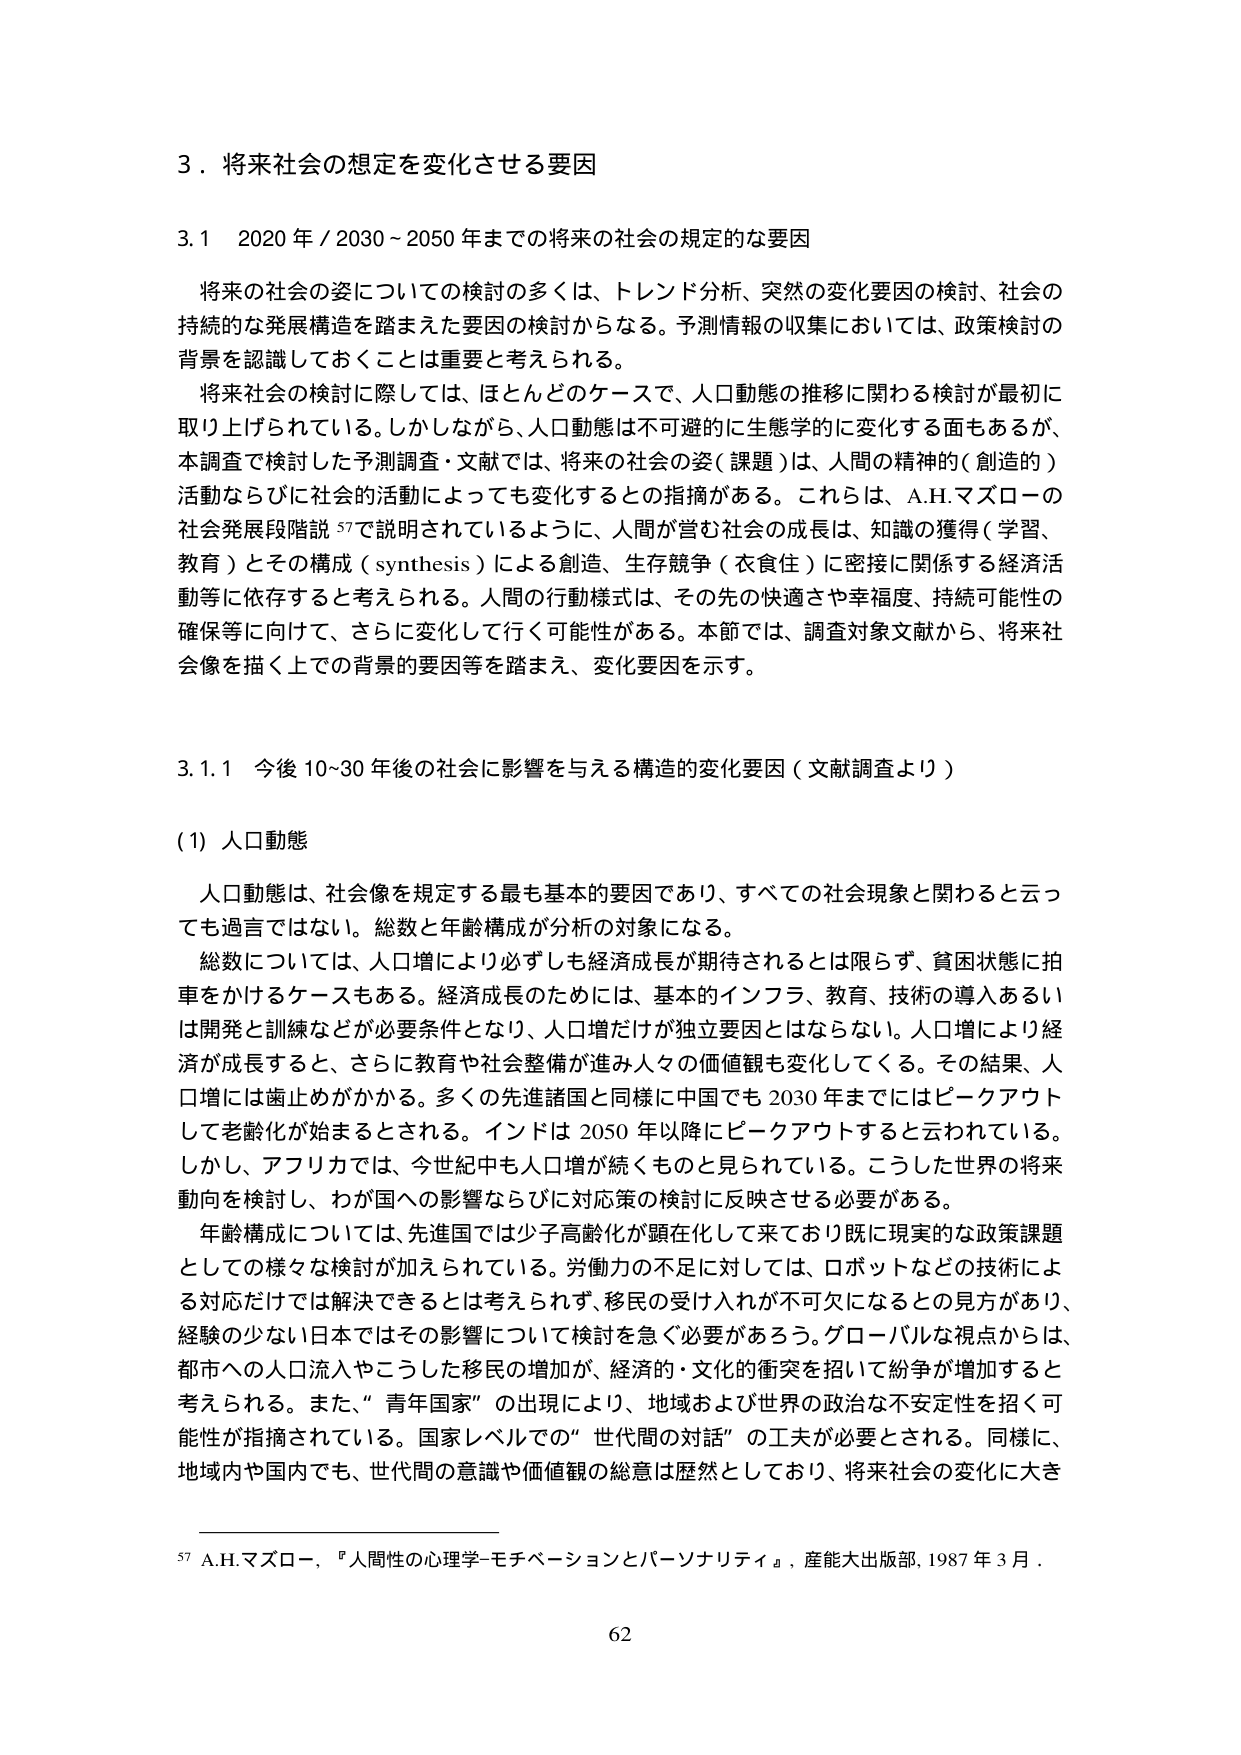
3．将来社会の想定を変化させる要因

3.1 2020年／2030～2050年までの将来の社会の規定的な要因

将来の社会の姿についての検討の多くは、トレンド分析、突然の変化要因の検討、社会の持続的な発展構造を踏まえた要因の検討からなる。予測情報の収集においては、政策検討の背景を認識しておくことは重要と考えられる。

将来社会の検討に際しては、ほとんどのケースで、人口動態の推移に関わる検討が最初に取り上げられている。しかしながら、人口動態は不可避的に生態学的に変化する面もあるが、本調査で検討した予測調査・文献では、将来の社会の姿（課題）は、人間の精神的（創造的）活動ならびに社会的活動によっても変化するととの指摘がある。これらは、A.H.マズローの社会発展段階説57で説明されているように、人間が営む社会の成長は、知識の獲得（学習、教育）とその構成（synthesis）による創造、生存競争（衣食住）に密接に関係する経済活動等に依存すると考えられる。人間の行動様式は、その先の快適さや幸福度、持続可能性の確保等に向けて、さらに変化して行く可能性がある。本節では、調査対象文献から、将来社会像を描く上での背景の要因等を踏まえ、変化要因を示す。

3.1.1 今後10～30年後の社会に影響を与える構造的変化要因（文献調査より）

(1) 人口動態

人口動態は、社会像を規定する最も基本的要因であり、すべての社会現象と関わると云っても過言ではない。総数と年齢構成が分析の対象になる。

総数については、人口増により必ずしも経済成長が期待されるとは限らず、貧困状態に拍車をかけるケースもある。経済成長のためには、基本的インフラ、教育、技術の導入あるいは開発と訓練などが必要条件となり、人口増だけが独立要因とはならない。人口増により経済が成長すると、さらに教育や社会整備が進み人々の価値観も変化してくる。その結果、人口増には歯止めがかかる。多くの先進諸国と同様に中国でも2030年までにはピークアウトして老齢化が始まるとされる。インドは2050年以降にピークアウトすると云われている。しかし、アフリカでは、今世紀中も人口増が続くものと見られている。こうした世界の将来動向を検討し、わが国への影響ならびに対応策の検討に反映させる必要がある。

年齢構成については、先進国では少子高齢化が顕在化して来ており既に現実的な政策課題としての様々な検討が加えられている。労働力の不足に対しては、ロボットなどの技術による対応だけでは解決できるとは考えられず、移民の受け入れが不可欠になるとの見方があり、経験の少ない日本ではその影響について検討を急ぐ必要があろう。グローバルな視点からは、都市への人口流入やこうした移民の増加が、経済的・文化的衝突を招いて紛争が増加すると考えられる。また、“青年国家”の出現により、地域および世界の政治的不安定性を招く可能性が指摘されている。国家レベルでの“世代間の対話”の工夫が必要とされる。同様に、地域内や国内でも、世代間の意識や価値観の総意は歴然としており、将来社会の変化に大き

57 A.H.マズロー,『人間性の心理学―モチベーションとパーソナリティ』,産能大出版部,1987年3月.

62